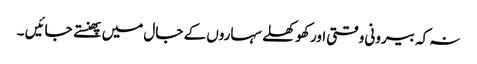
نہ کہ بیرونی وقتی اور کھوکھلے سہاروں کے جال میں پھنستے جائیں ۔